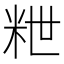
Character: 𥹑